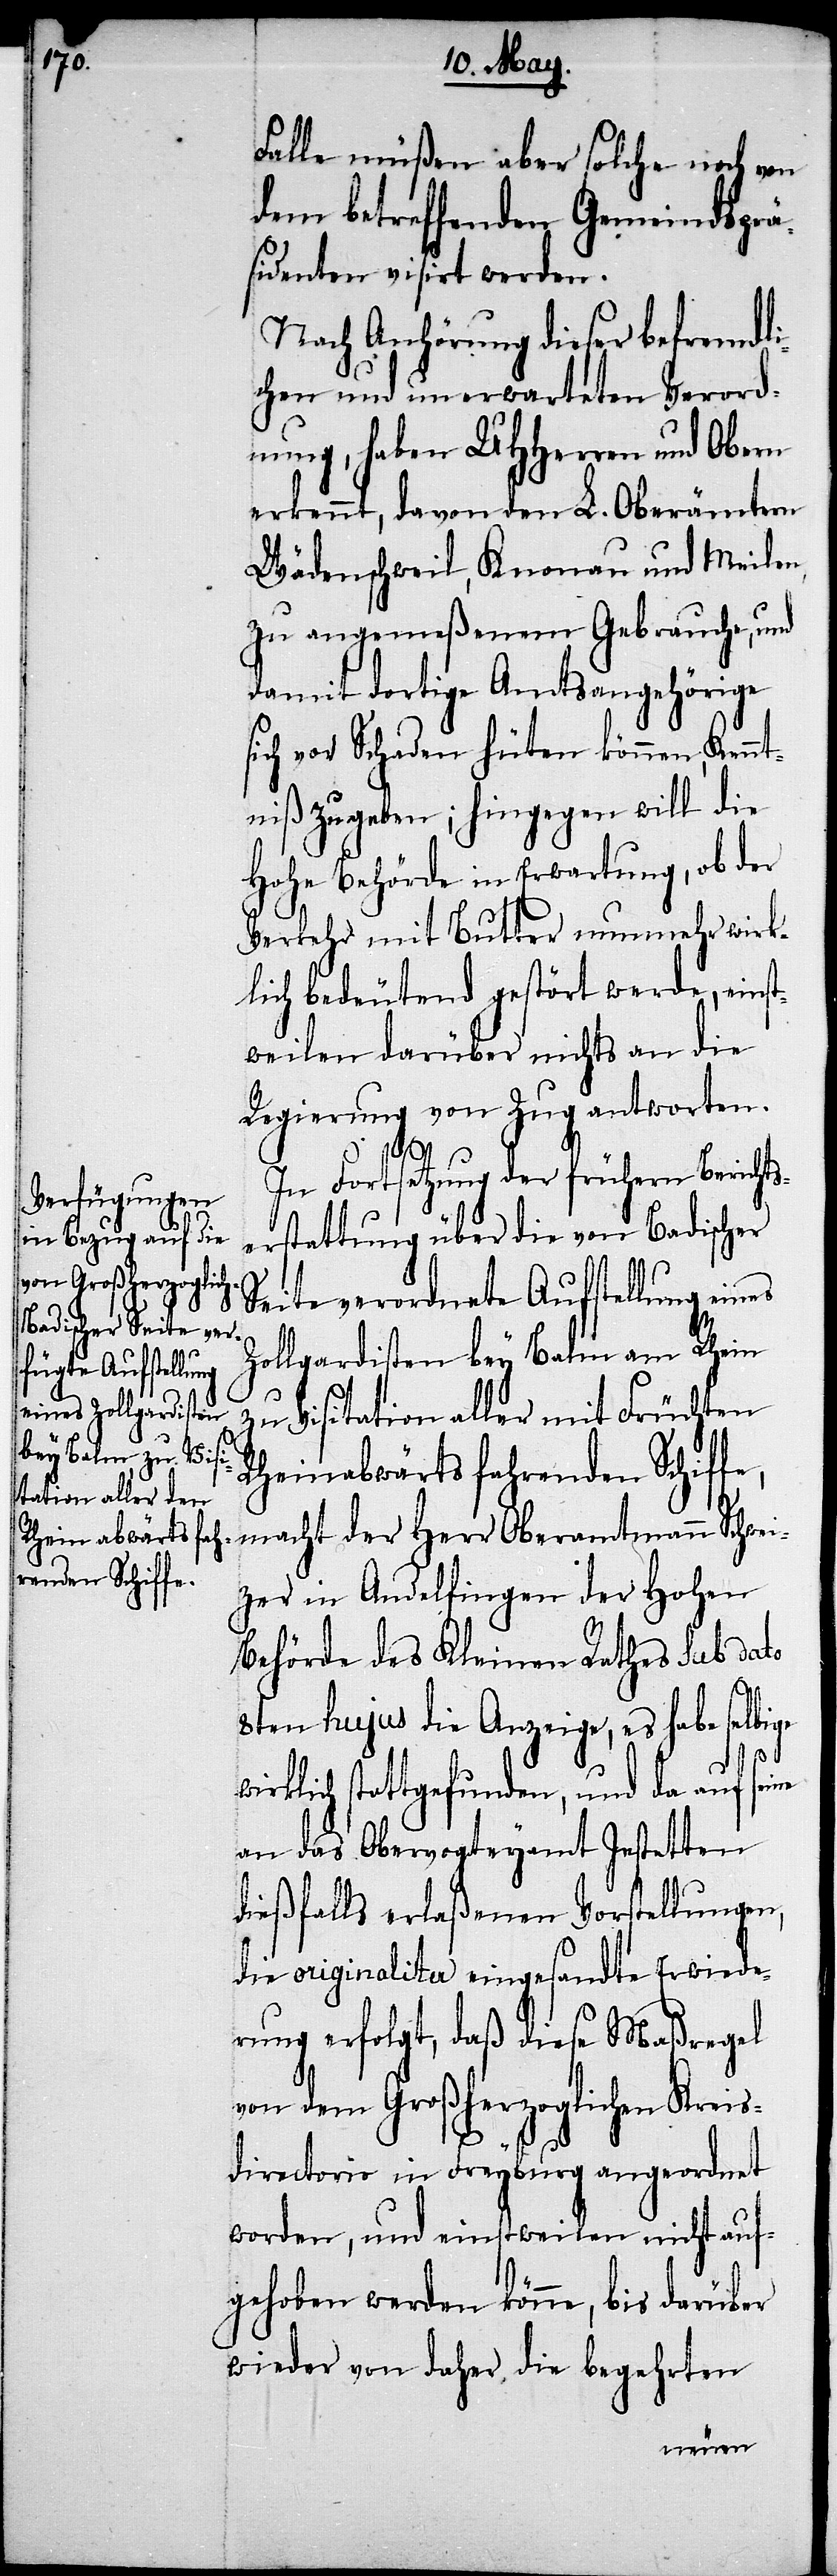
Schwe¬

Falle müßen aber solche noch von
dem betreffenden Gemeindsprä¬
sidenten visirt werden.
Nach Anhörung dieser befremdli¬
chen und unerwarteten Verord¬
nung, haben UHHerren und Obern
erkennt, davon den L. Oberämtern
Wädenschweil, Knonau und Meilen
zu angemeßenem Gebrauche, und
damit dortige Amtsangehörige
ich vor Schaden hüten können, Ken¬
ntniß zugeben; hingegen will die
Hohe Behörde in Erwartung, ob der
Verkehr mit Butter nunmehr wirk¬
lich bedeutend gestört werde, einst¬
weilen darüber nichts an die
Regierung von Zug antworten.
In Fortsetzung der frühern Berichts¬
erstattung über die von Badischer
Seite verordnete Aufstellung eines
ge
Zollgardisten bey Balm am Rhein
zu Visitation aller mit Früchten
Rheinabwärts fahrenden Schiff¬
izer in Andelfingen der Hohen
Behörde des Kleinen Rathes sub dato
8ten hujus die Anzeige, es habe selbi¬
wirklich stattgefunden, und da auf seine
an das Obervogteyamt Jestetten
dießfalls erlaßenen Vorstellungen,
die originaliter eingesandte Erwiede¬
rung erfolgt, daß diese Maßregel
von dem Großherzoglichen Kreis¬
directorio in Freyburg angeordnet
worden, und einstweilen nicht auf¬
gehoben werden könne, bis darüber
wieder von daher die begehrten